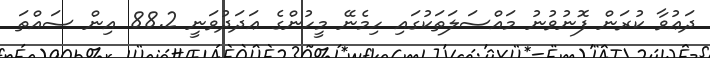
ދަޢުވާ ކުރަން ފޮނުވުނު މައްސަލަތަކުގައި ހިމެނޭ މީހުންގެ ޢަދަދުވަނީ 88.2 އިން ސައްތަ